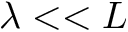
\lambda < < L